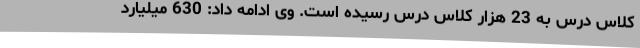
کلاس درس به 23 هزار کلاس درس رسیده است. وی ادامه داد: 630 میلیارد